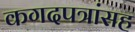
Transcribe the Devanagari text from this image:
कगदपत्रांसह